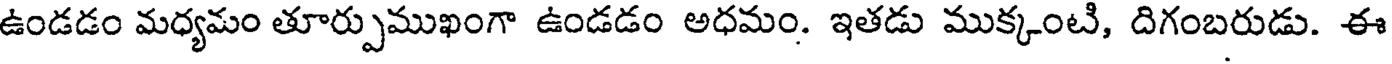
ఉండడం మధ్యమం తూర్పుముఖంగా ఉండడం అధమం. ఇతడు ముక్కంటి, దిగంబరుడు. ఈ